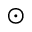
\odot